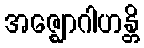
အဇ္ဈောဂါဟန္တိ